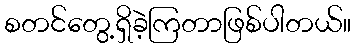
စတင်တွေ့ရှိခဲ့ကြတာဖြစ်ပါတယ်။